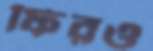
ফিরও